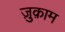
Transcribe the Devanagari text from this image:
ज़ुक़ाम